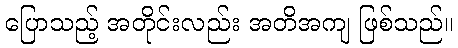
ပြောသည့် အတိုင်းလည်း အတိအကျ ဖြစ်သည်။